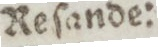
Reſande: